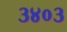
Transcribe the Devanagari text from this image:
३४०३